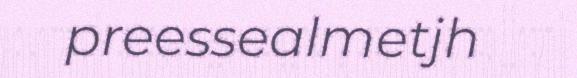
preessealmetjh